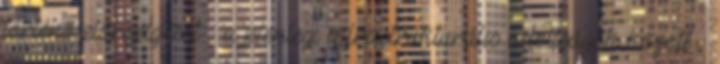
történő előrejelzését – a jelenlegi infrastrukturális adottságok között –